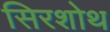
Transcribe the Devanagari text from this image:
सिरशोथ